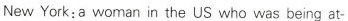
New York:a woman in the US who was being at-